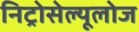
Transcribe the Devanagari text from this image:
निट्रोसेल्यूलोज